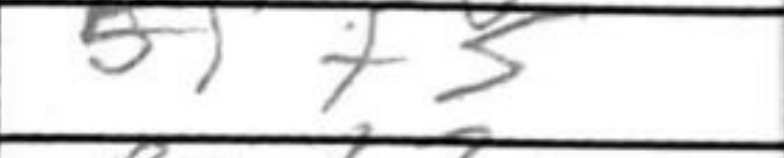
Transcription: Bf+3